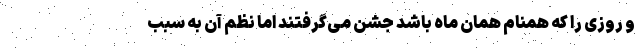
و روزی را که همنامِ همان ماه باشد جشن می‌گرفتند اما نظم آن به سبب